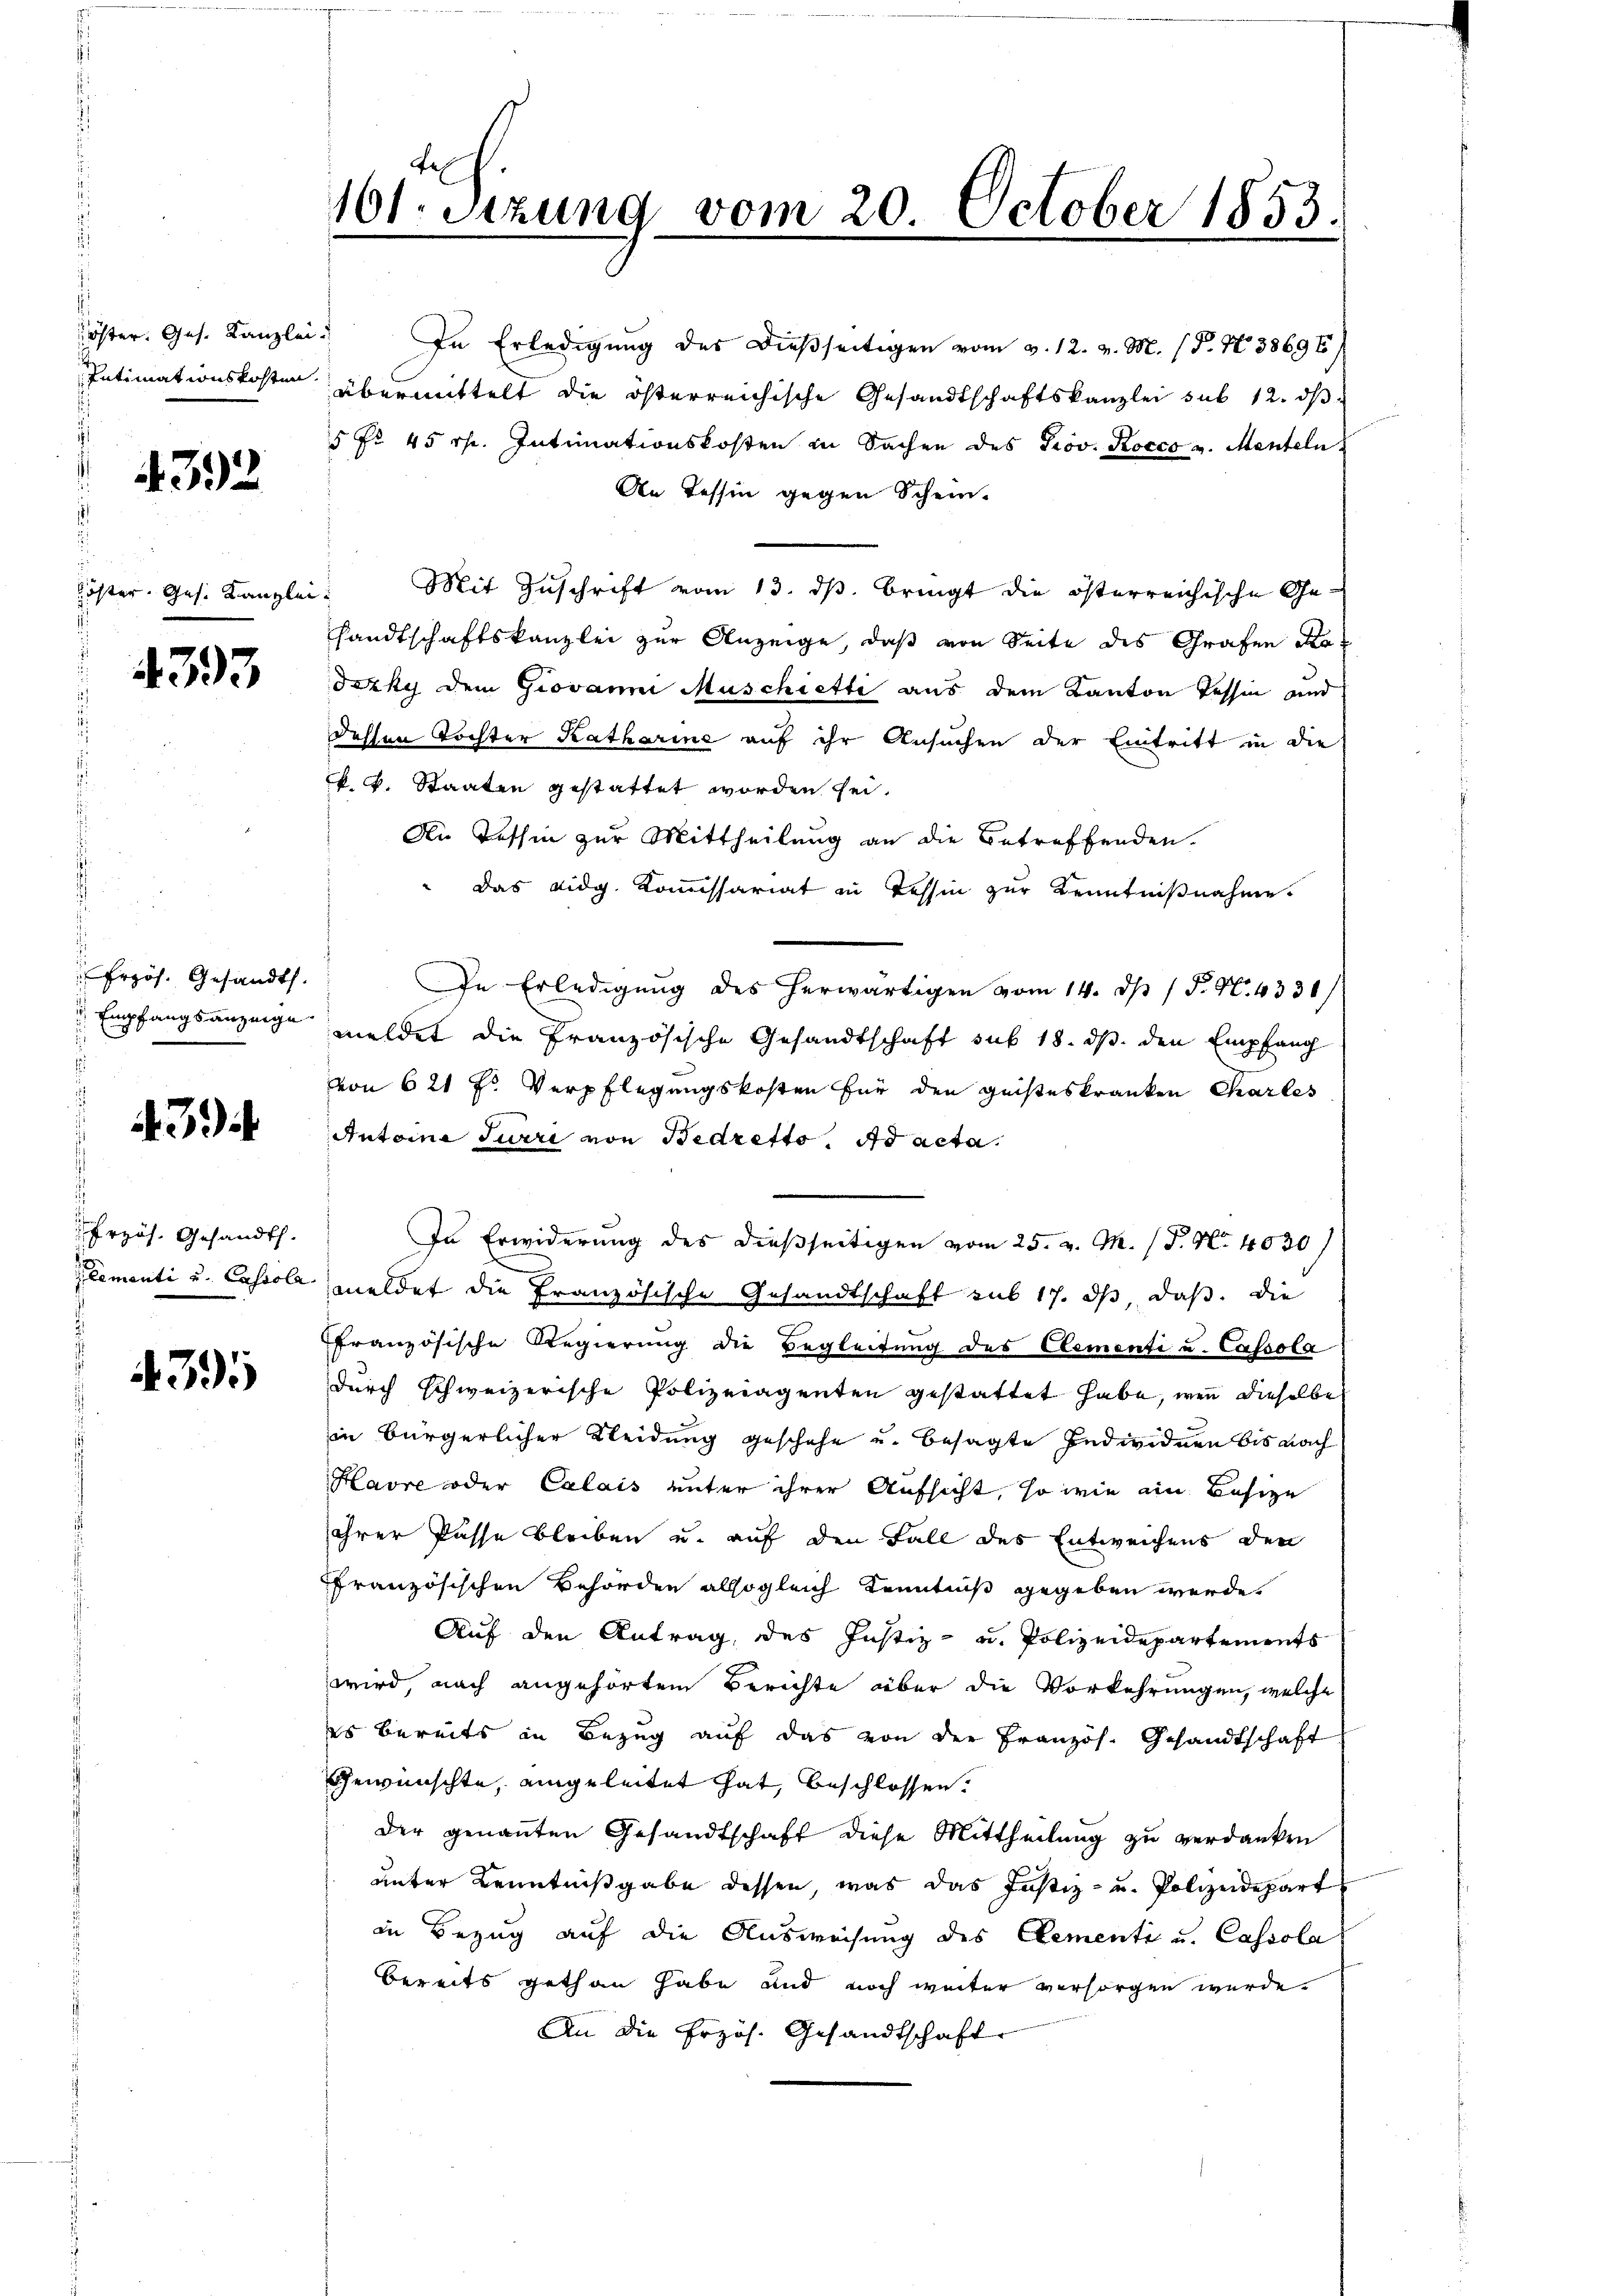
öster. Ges. Kanzlei.
Intimationskosten.

4392

öster Ges. Kanzlei

4393

Erzös. Gesandts
 Empfangsanzeige

43.

Przös. Gesandt.
Klementi u. Cassola

4395

161. Sitzung vom 20. October 1853.

" In Erledigung des dießseitigen vom 3. 12. v. M. P. Nr. 38696
übermittelt die österreichische Gesandtschaftskanzlei sub 12. ds
5 Fr. 45 rt. Intimationskosten in Sachen des Prov. Rocco v. Menteln
An Tessin gegen Schein-
Mit Zuschrift vom 13. ds. bringt die österreichische Gesandtschaftskanzlei zur Anzeige, daß von Seite des Grafen Kr
Jezky dem Giovanni Muschiette aus dem Kanton Tessin und
dessen Tochter Katharine auf ihr Ansuchen der Eintritt in die
k. k. Staaten gestattet worden sei.
An deshin zur Mittheilung an die Betreffenden.
das eidg. Kommissariat in Tessin zur Kenntnißnahme.
In Erledigung des herwärtigen vom 14. ds / P. N. 4330/
meldet die Französische Gesandtschaft sub 18. ds. den Empfang
von 621 f. Verpflegungskosten für den geisteskranken Charles
Antoine Türri von Bedretto ad acta.
In Erwiderung des dießseitigen vom 25. v. M. (T. No. 4030
meldet die Französische Gesandtschaft sub 17. ds, daß die
französische Regierung die Begleitung des Elementi u. Cassola
durch schweizerische Polizeiagenten gestattet habe, wenn dieselbe
in bürgerlicher Kleidung geschehe u. besagte Individuen bis nach
Havre oder Calais unter ihrer Aufsicht, so wie ein Besize
ihrer Pässe bleiben u. auf den Fall des Entweichens den
ffranzösischen Behörden alsogleich Kenntniß gegeben werde.
Auf den Antrag, des Justiz- u. Polizeidepartements
wird, nach angehörtem Berichte über die Vorkehrungen, welche
es bereits in Bezug auf das von der Französ. Gesandtschaft
Gewünschte, eingeleitet hat, beschlossen.
Der genannten Gesandtschaft diese Mittheilung zu verdanken
unter Kenntnißgabe dessen, was das Justiz- und Polizeidepart
in Bezug auf die Ausweisung des Gementi u. Cassola
bereits gethan habe und noch weiter versorgen wurde.
An die Erzös. Gesandtschaft